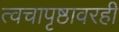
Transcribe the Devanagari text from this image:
त्वचापृष्ठावरही